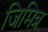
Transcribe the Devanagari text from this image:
जिमित्र